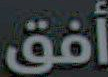
أفق